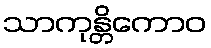
သာကုန္တိကောဝ